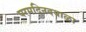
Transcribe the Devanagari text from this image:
परमदिनदयाळा